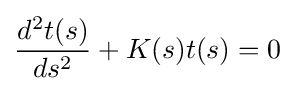
{\frac {d^{2}t(s)}{ds^{2}}}+K(s)t(s)=0